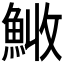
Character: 𩷊